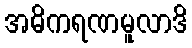
အဓိကရဏမူလာဒိ